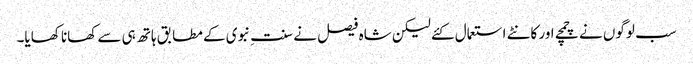
سب لوگوں نے چمچے اور کانٹے استعمال کئے لیکن شاہ فیصل نے سنتِ نبوی کے مطابق ہاتھ ہی سے کھانا کھایا۔